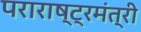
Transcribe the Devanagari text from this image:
पराराष्ट्रमंत्री